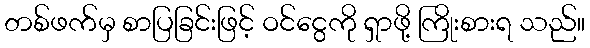
တစ်ဖက်မှ စာပြခြင်းဖြင့် ဝင်ငွေကို ရှာဖို့ ကြိုးစားရ သည်။